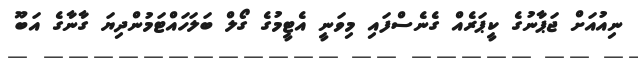
ނިއުއަށް ޖަޕާނުގެ ކީޕަރެއް ގެނެސްފައި މިވަނީ އެޓީމުގެ ގޯލް ބަލަހައްޓަމުންދިޔަ ގާނާގެ އަބޫ